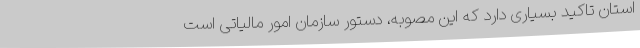
استان تاکید بسیاری دارد که این مصوبه، دستور سازمان امور مالیاتی است